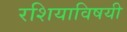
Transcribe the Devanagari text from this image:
रशियाविषयी